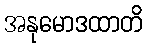
အနုမောဒထာတိ